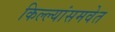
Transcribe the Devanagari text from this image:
किल्ल्यांसमवेत